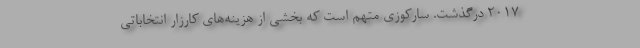
2017 درگذشت. سارکوزی متهم است که بخشی از هزینه‌های کارزار انتخاباتی